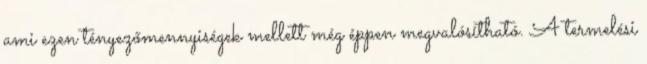
ami ezen tényezőmennyiségek mellett még éppen megvalósítható. A termelési